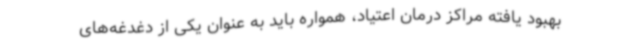
بهبود یافته مراکز درمان اعتیاد، همواره باید به عنوان یکی از دغدغه‌های